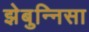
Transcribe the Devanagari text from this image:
झेबुन्निसा